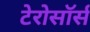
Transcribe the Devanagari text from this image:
टेरोसॉर्स